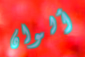
ألوان